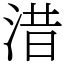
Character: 㳻